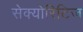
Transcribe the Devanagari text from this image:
सेक्योरिटिज